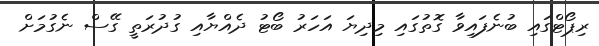
ރިޕޯޓްގައި ބުނެފައިވާ ގޮތުގައި މިދިޔަ އަހަރު ބޯޓު ދެއްޔާއި ގުދުރަތީ ގޭސް ނެގުމަށް